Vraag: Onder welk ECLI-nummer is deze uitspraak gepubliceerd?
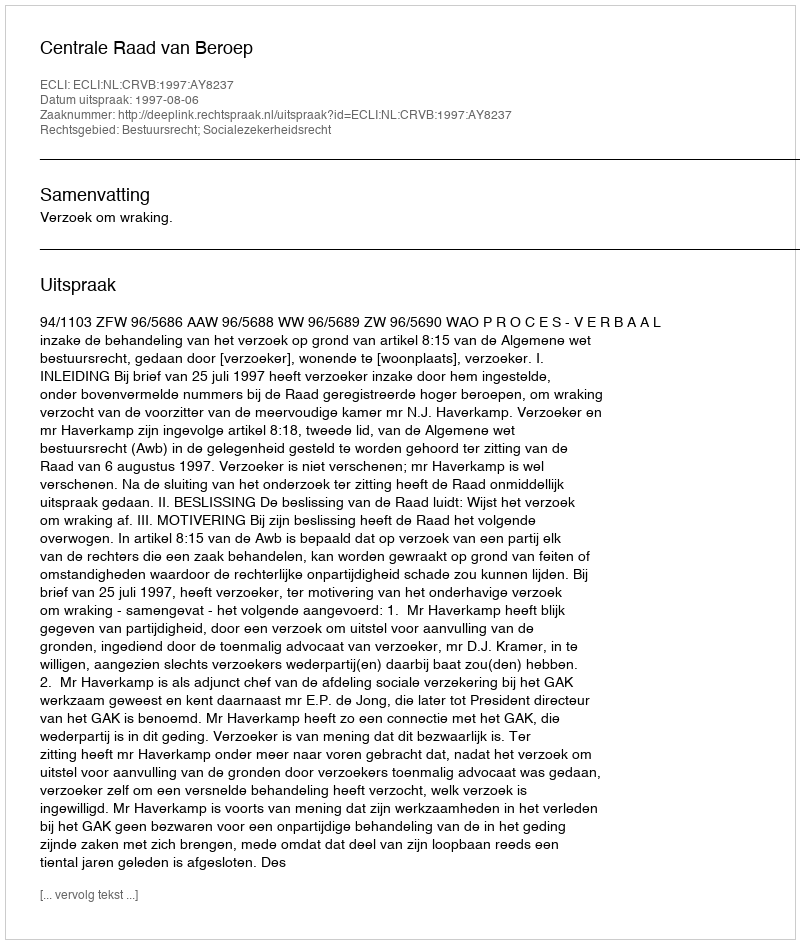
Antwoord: ECLI:NL:CRVB:1997:AY8237